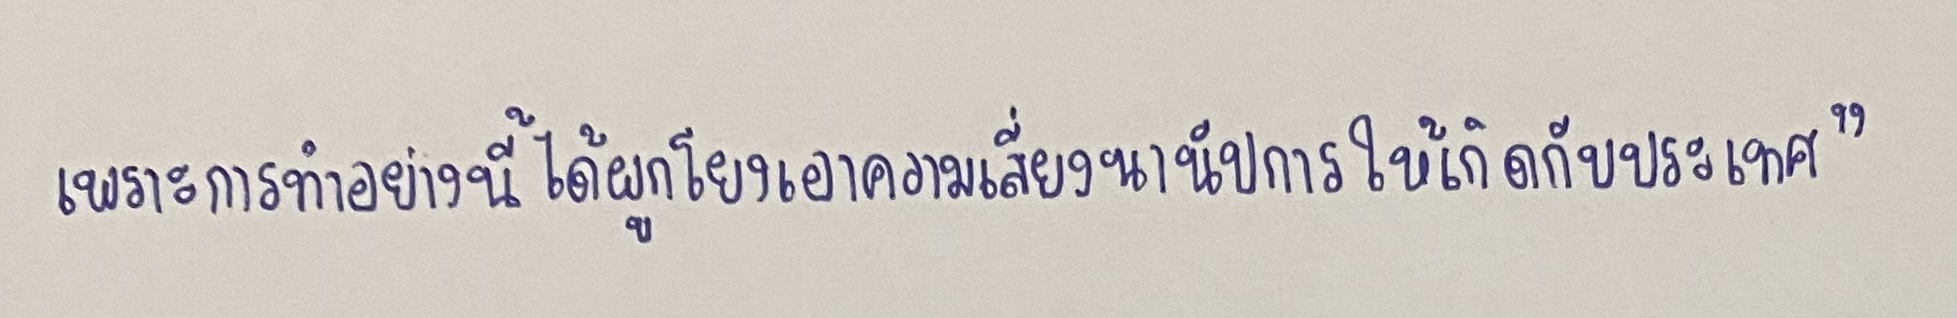
เพราะการทำอย่างนี้ได้ผูกโยงเอาความเสี่ยงนานัปการให้เกิดกับประเทศ"